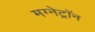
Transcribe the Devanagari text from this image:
मग्नेट्रॉन